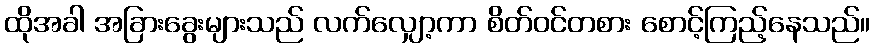
ထိုအခါ အခြားခွေးများသည် လက်လျှော့ကာ စိတ်ဝင်တစား စောင့်ကြည့်နေသည်။